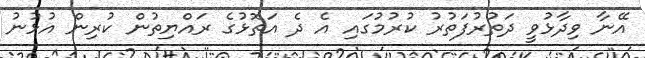
އޭނާ ވިދާޅުވީ ދަތުރުފަތުރު ކުރުމުގައި އެ ދެ އަތޮޅުގެ ރައްޔިތުން ކުރިން އުޅުނު